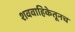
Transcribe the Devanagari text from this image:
शववाहिकेतूनच